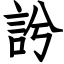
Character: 䚷